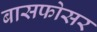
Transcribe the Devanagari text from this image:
बासफोसर